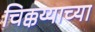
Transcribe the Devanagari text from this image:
चिक्कय्याच्या